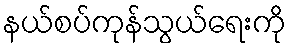
နယ်စပ်ကုန်သွယ်ရေးကို